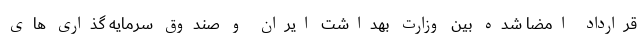
قرارداد امضا شده بین وزارت بهداشت ایران و صندوق سرمایه گذاری های